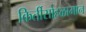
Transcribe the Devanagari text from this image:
किर्तीसोहळामान